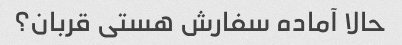
حالا آماده سفارش هستی قربان؟